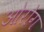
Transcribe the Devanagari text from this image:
ओरोग